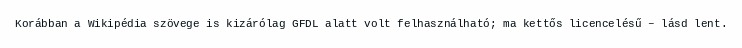
Korábban a Wikipédia szövege is kizárólag GFDL alatt volt felhasználható; ma kettős licencelésű – lásd lent.